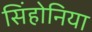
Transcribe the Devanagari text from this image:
सिंहोनिया